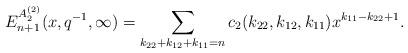
LaTeX: \begin{align*}E_{n+1}^{A_2^{(2)} }(x,q^{-1},\infty)=\sum_{k_{22}+k_{12}+k_{11}=n}c_2(k_{22},k_{12},k_{11})x^{k_{11}-k_{22}+1}.\end{align*}